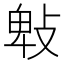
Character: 㪏